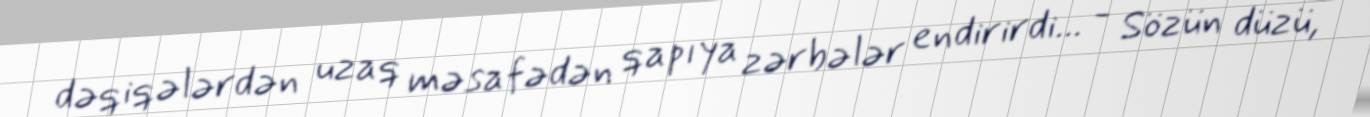
dəqiqələrdən uzaq məsafədən qapıya zərbələr endirirdi... - Sözün düzü,